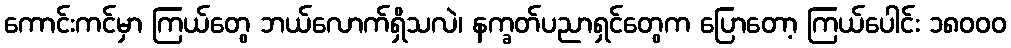
ကောင်းကင်မှာ ကြယ်တွေ ဘယ်လောက်ရှိသလဲ၊ နက္ခတ်ပညာရှင်တွေက ပြောတော့ ကြယ်ပေါင်း ၁၈၀၀၀